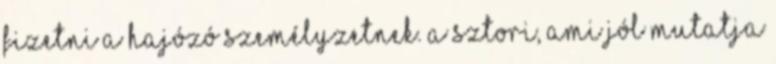
fizetni a hajózó személyzetnek. A sztori, ami jól mutatja